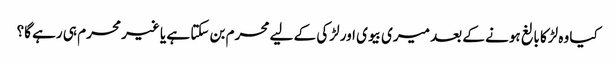
کیا وہ لڑکا بالغ ہونے کے بعد میری بیوی اور لڑکی کے لیے محرم بن سکتا ہے یا غیر محرم ہی رہے گا؟